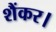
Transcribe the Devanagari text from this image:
शैंकर।